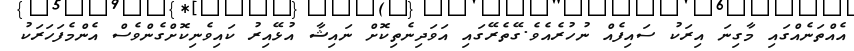
އެއްތަނެއްގައި މާގިނަ އިރަކު ސައިފެއް ނުހުރެއެވެ.ގޭތެރޭގައި އަވަދިނެތިކޮށް ނައިޝާ އުޅޭއިރު ކައިވެނިކޮށްގެންވެސް އެންމެފަހަރަކު